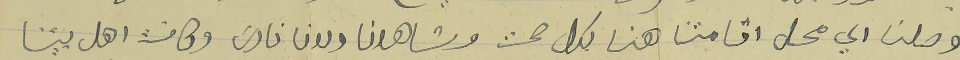
وصلنا الي محل اقامتنا هنا بكل صحة وشاهدنا مارون فارسَ وكافة اهل بيتنا